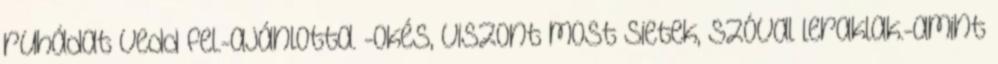
ruhádat vedd fel.-ajánlotta. -Okés, viszont most sietek, szóval leraklak.-amint